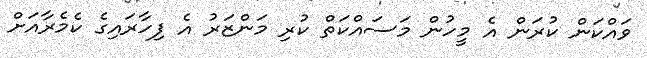
ވައްކަން ކުރަން އެ މީހުން މަސައްކަތް ކުރި މަންޒަރު އެ ފިހާރައިގެ ކެމެރާއަށް